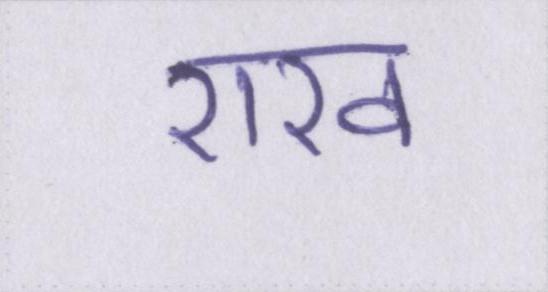
राख